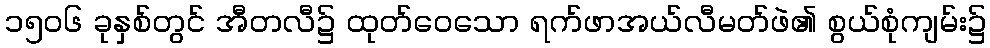
၁၅၀၆ ခုနှစ်တွင် အီတလီ၌ ထုတ်ဝေသော ရက်ဖာအယ်လီမတ်ဖဲ၏ စွယ်စုံကျမ်း၌